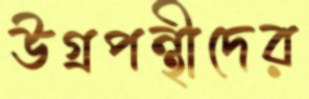
উগ্রপন্থীদের